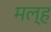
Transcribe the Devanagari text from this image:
मल्ह